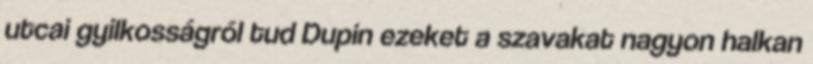
utcai gyilkosságról tud Dupin ezeket a szavakat nagyon halkan